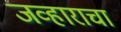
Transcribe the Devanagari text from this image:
जव्हाराचा